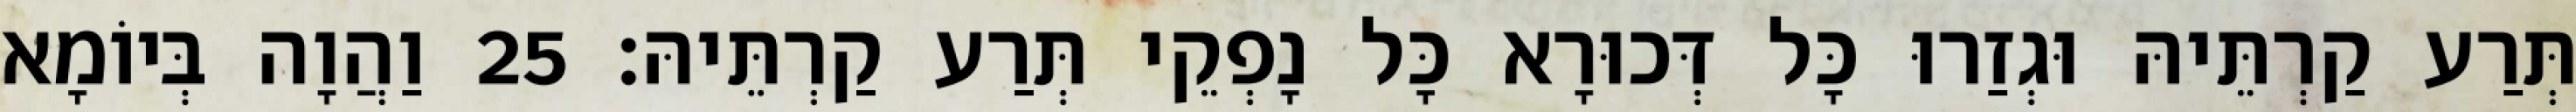
תְּרַע קַרְתֵּיהּ וּגְזַרוּ כָּל דְּכוּרָא כָּל נָפְקֵי תְּרַע קַרְתֵּיהּ׃ 25 וַהֲוָה בְּיוֹמָא